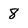
Character: 8